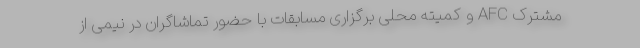
مشترک AFC و کمیته محلی برگزاری مسابقات با حضور تماشاگران در نیمی از